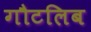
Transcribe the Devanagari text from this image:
गौटलिब